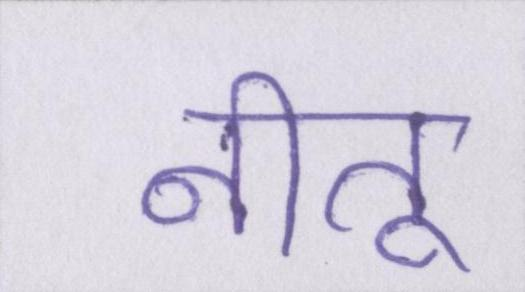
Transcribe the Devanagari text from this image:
नीतू